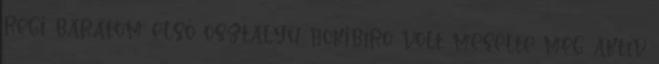
régi barátom első osztályú hokibíró volt mesélte még aktív